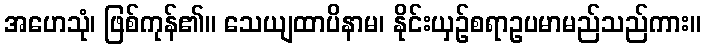
အဟေသုံ၊ ဖြစ်ကုန်၏။ သေယျထာပိနာမ၊ နိုင်းယှဉ်စရာဥပမာမည်သည်ကား။